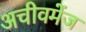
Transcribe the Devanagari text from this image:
अचीवमेंज